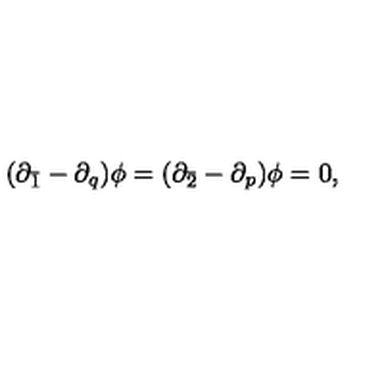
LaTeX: ( \partial _ { \bar { 1 } } - \partial _ { q } ) \phi = ( \partial _ { \bar { 2 } } - \partial _ { p } ) \phi = 0 ,